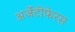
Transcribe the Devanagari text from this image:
अर्जेंटीफेरस